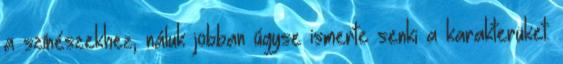
a színészekhez, náluk jobban úgyse ismerte senki a karakterüket.